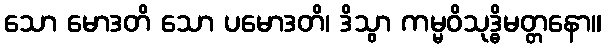
သော မောဒတိ သော ပမောဒတိ၊ ဒိသွာ ကမ္မဝိသုဒ္ဓိမတ္တနော။